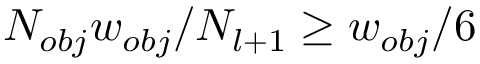
N _ { o b j } w _ { o b j } / N _ { l + 1 } \ge w _ { o b j } / 6